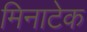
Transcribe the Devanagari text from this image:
मिनाटेक